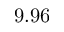
9 . 9 6